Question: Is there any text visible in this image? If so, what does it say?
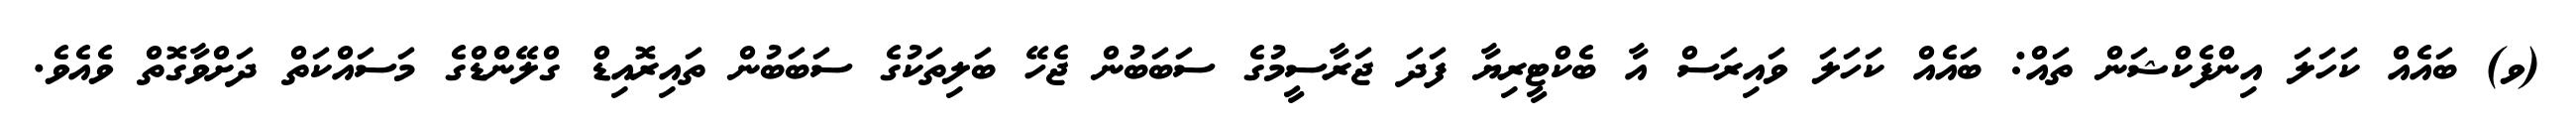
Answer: (ވ) ބައެއް ކަހަލަ އިންފެކްޝަން ތައް: ބައެއް ކަހަލަ ވައިރަސް އާ ބެކްޓީރިޔާ ފަދަ ޖަރާސީމުގެ ސަބަބުން ޖެހޭ ބަލިތަކުގެ ސަބަބުން ތައިރޮއިޑް ގްލޭންޑްގެ މަސައްކަތް ދަށްވާގޮތް ވެއެވެ.